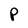
Character: P